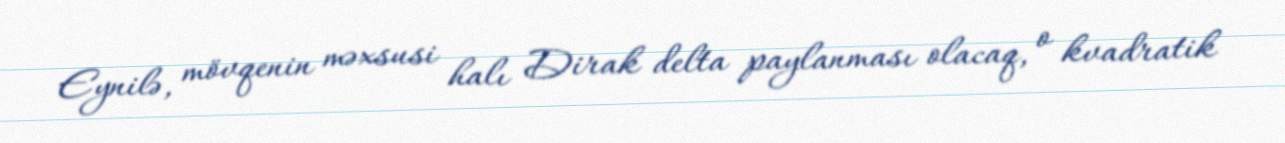
Eynilə, mövqenin məxsusi halı Dirak delta paylanması olacaq, o kvadratik